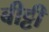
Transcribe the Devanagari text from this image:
बीट्टी